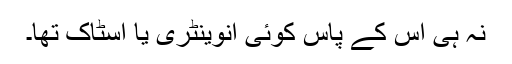
نہ ہی اس کے پاس کوئی انوینٹری یا اسٹاک تھا۔